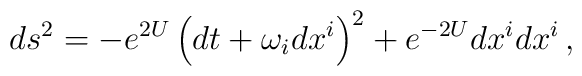
ds^2 = - e^{2U} \left(dt + \omega_i dx^i\right)^2 + e^{-2 U} dx^i dx^i\,,